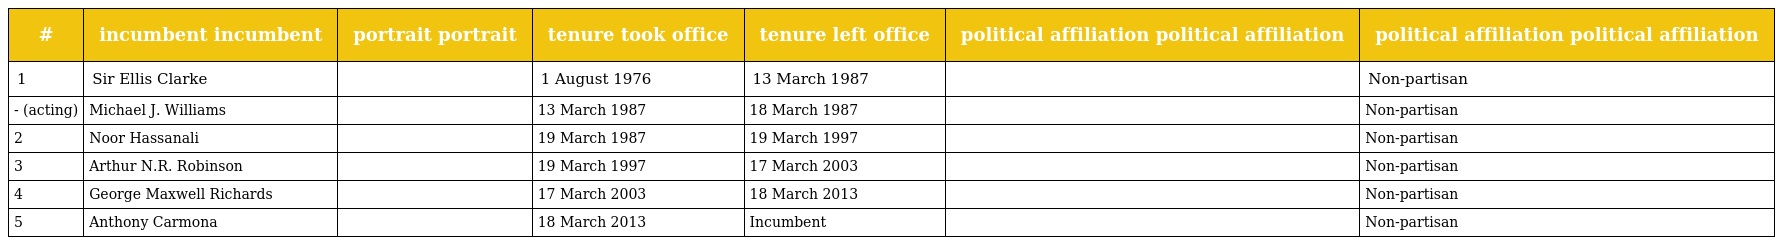
| # | incumbent incumbent | portrait portrait | tenure took office | tenure left office | political affiliation political affiliation | political affiliation political affiliation |
 | --- | --- | --- | --- | --- | --- | --- |
 | 1 | Sir Ellis Clarke |  | 1 August 1976 | 13 March 1987 |  | Non-partisan |
 | - (acting) | Michael J. Williams |  | 13 March 1987 | 18 March 1987 |  | Non-partisan |
 | 2 | Noor Hassanali |  | 19 March 1987 | 19 March 1997 |  | Non-partisan |
 | 3 | Arthur N.R. Robinson |  | 19 March 1997 | 17 March 2003 |  | Non-partisan |
 | 4 | George Maxwell Richards |  | 17 March 2003 | 18 March 2013 |  | Non-partisan |
 | 5 | Anthony Carmona |  | 18 March 2013 | Incumbent |  | Non-partisan |